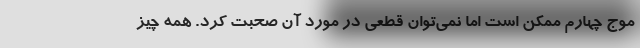
موج چهارم ممکن است اما نمی‌توان قطعی در مورد آن صحبت کرد. همه چیز